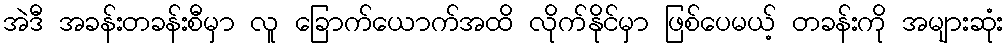
အဲဒီ အခန်းတခန်းစီမှာ လူ ခြောက်ယောက်အထိ လိုက်နိုင်မှာ ဖြစ်ပေမယ့် တခန်းကို အများဆုံး